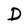
Character: D